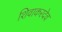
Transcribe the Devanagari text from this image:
शिवाकरदेव